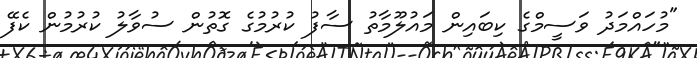
"މުހައްމަދު ވަސީމްގެ ކިބައިން މައުލޫމާތު ސާފު ކުރުމުގެ ގޮތުން ސުވާލު ކުރުމުން ކެފޭ